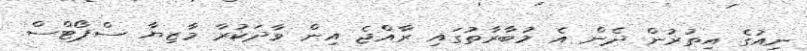
ނިއުގެ އިތުރުން ދެން އެ މުބާރާތުގައި ރާއްޖެ އިން ވާދަކުރާ މާޒިޔާ ސްޕޯޓްސް